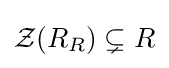
{\mathcal {Z}}(R_{R})\subsetneq R